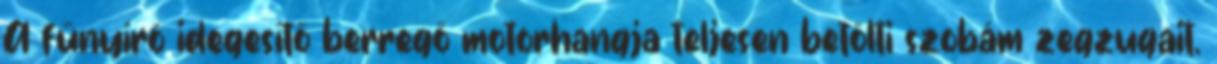
A fűnyíró idegesítő berregő motorhangja teljesen betölti szobám zegzugait.